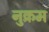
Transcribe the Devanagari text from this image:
नुक्रम